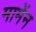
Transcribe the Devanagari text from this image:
मामेंन